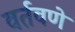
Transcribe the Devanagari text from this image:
वर्तवणे